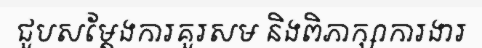
ជួបសម្តែងការគួរសម និងពិភាក្សាការងារ